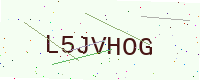
Text: L5JVHOG